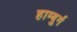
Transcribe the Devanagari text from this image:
हाम्बुर्ग